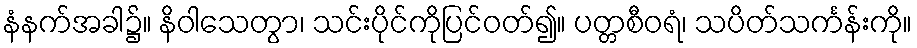
နံနက်အခါ၌။ နိဝါသေတွာ၊ သင်းပိုင်ကိုပြင်ဝတ်၍။ ပတ္တစီဝရံ၊ သပိတ်သင်္ကန်းကို။